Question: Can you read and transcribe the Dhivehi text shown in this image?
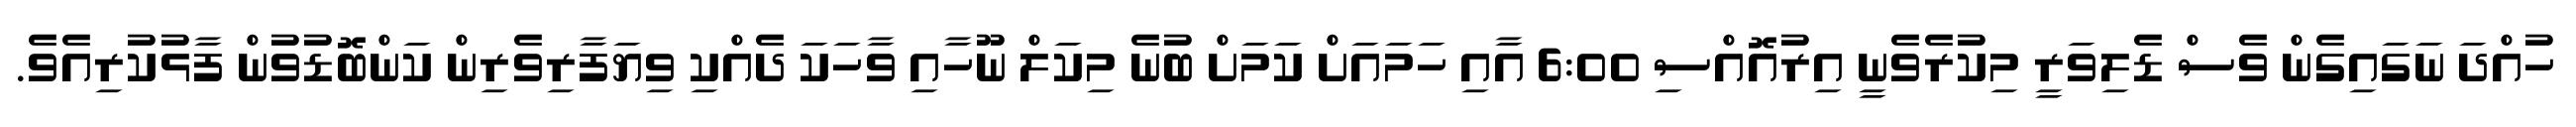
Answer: ހުއްދަ ނަގައިގެން ވެސް ޑެލިވަރީ މިކުރެވެނީ އިރުއޮއްސި 6:00 އާއި ހަމައަށް ކަމަށް ބުނެ މިކަލް ނޫހާއި ވާހަކަ ދެއްކި ވިޔަފާރިވެރިން ކަންބޮޑުވުން ފާޅުކުރިއެވެ.